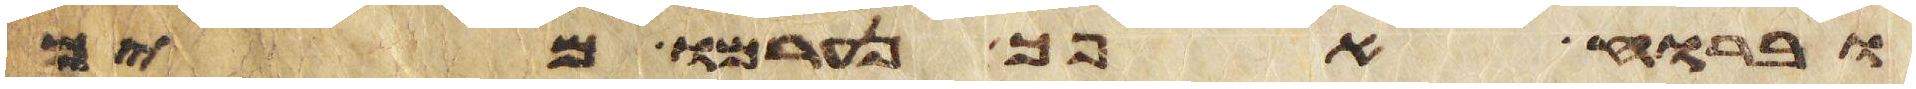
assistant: וברוח אפך נערמו מים